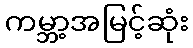
ကမ္ဘာ့အမြင့်ဆုံး